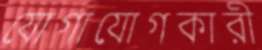
যোগাযোগকারী